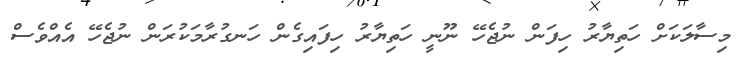
މިސާލަކަށް ހަތިޔާރު ހިފަން ނުޖެހޭ ނޫނީ ހަތިޔާރު ހިފައިގެން ހަނގުރާމަކުރަން ނުޖެހޭ އެއްވެސް